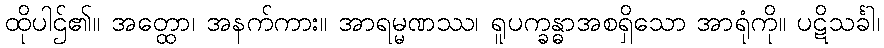
ထိုပါဌ်၏။ အတ္ထော၊ အနက်ကား။ အာရမ္မဏဿ၊ ရူပက္ခန္ဓာအစရှိသော အာရုံကို။ ပဋိသင်္ခါ၊